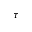
\tau